Venemaal_asunud_Eesti_seltside_dokumendid, lk 19
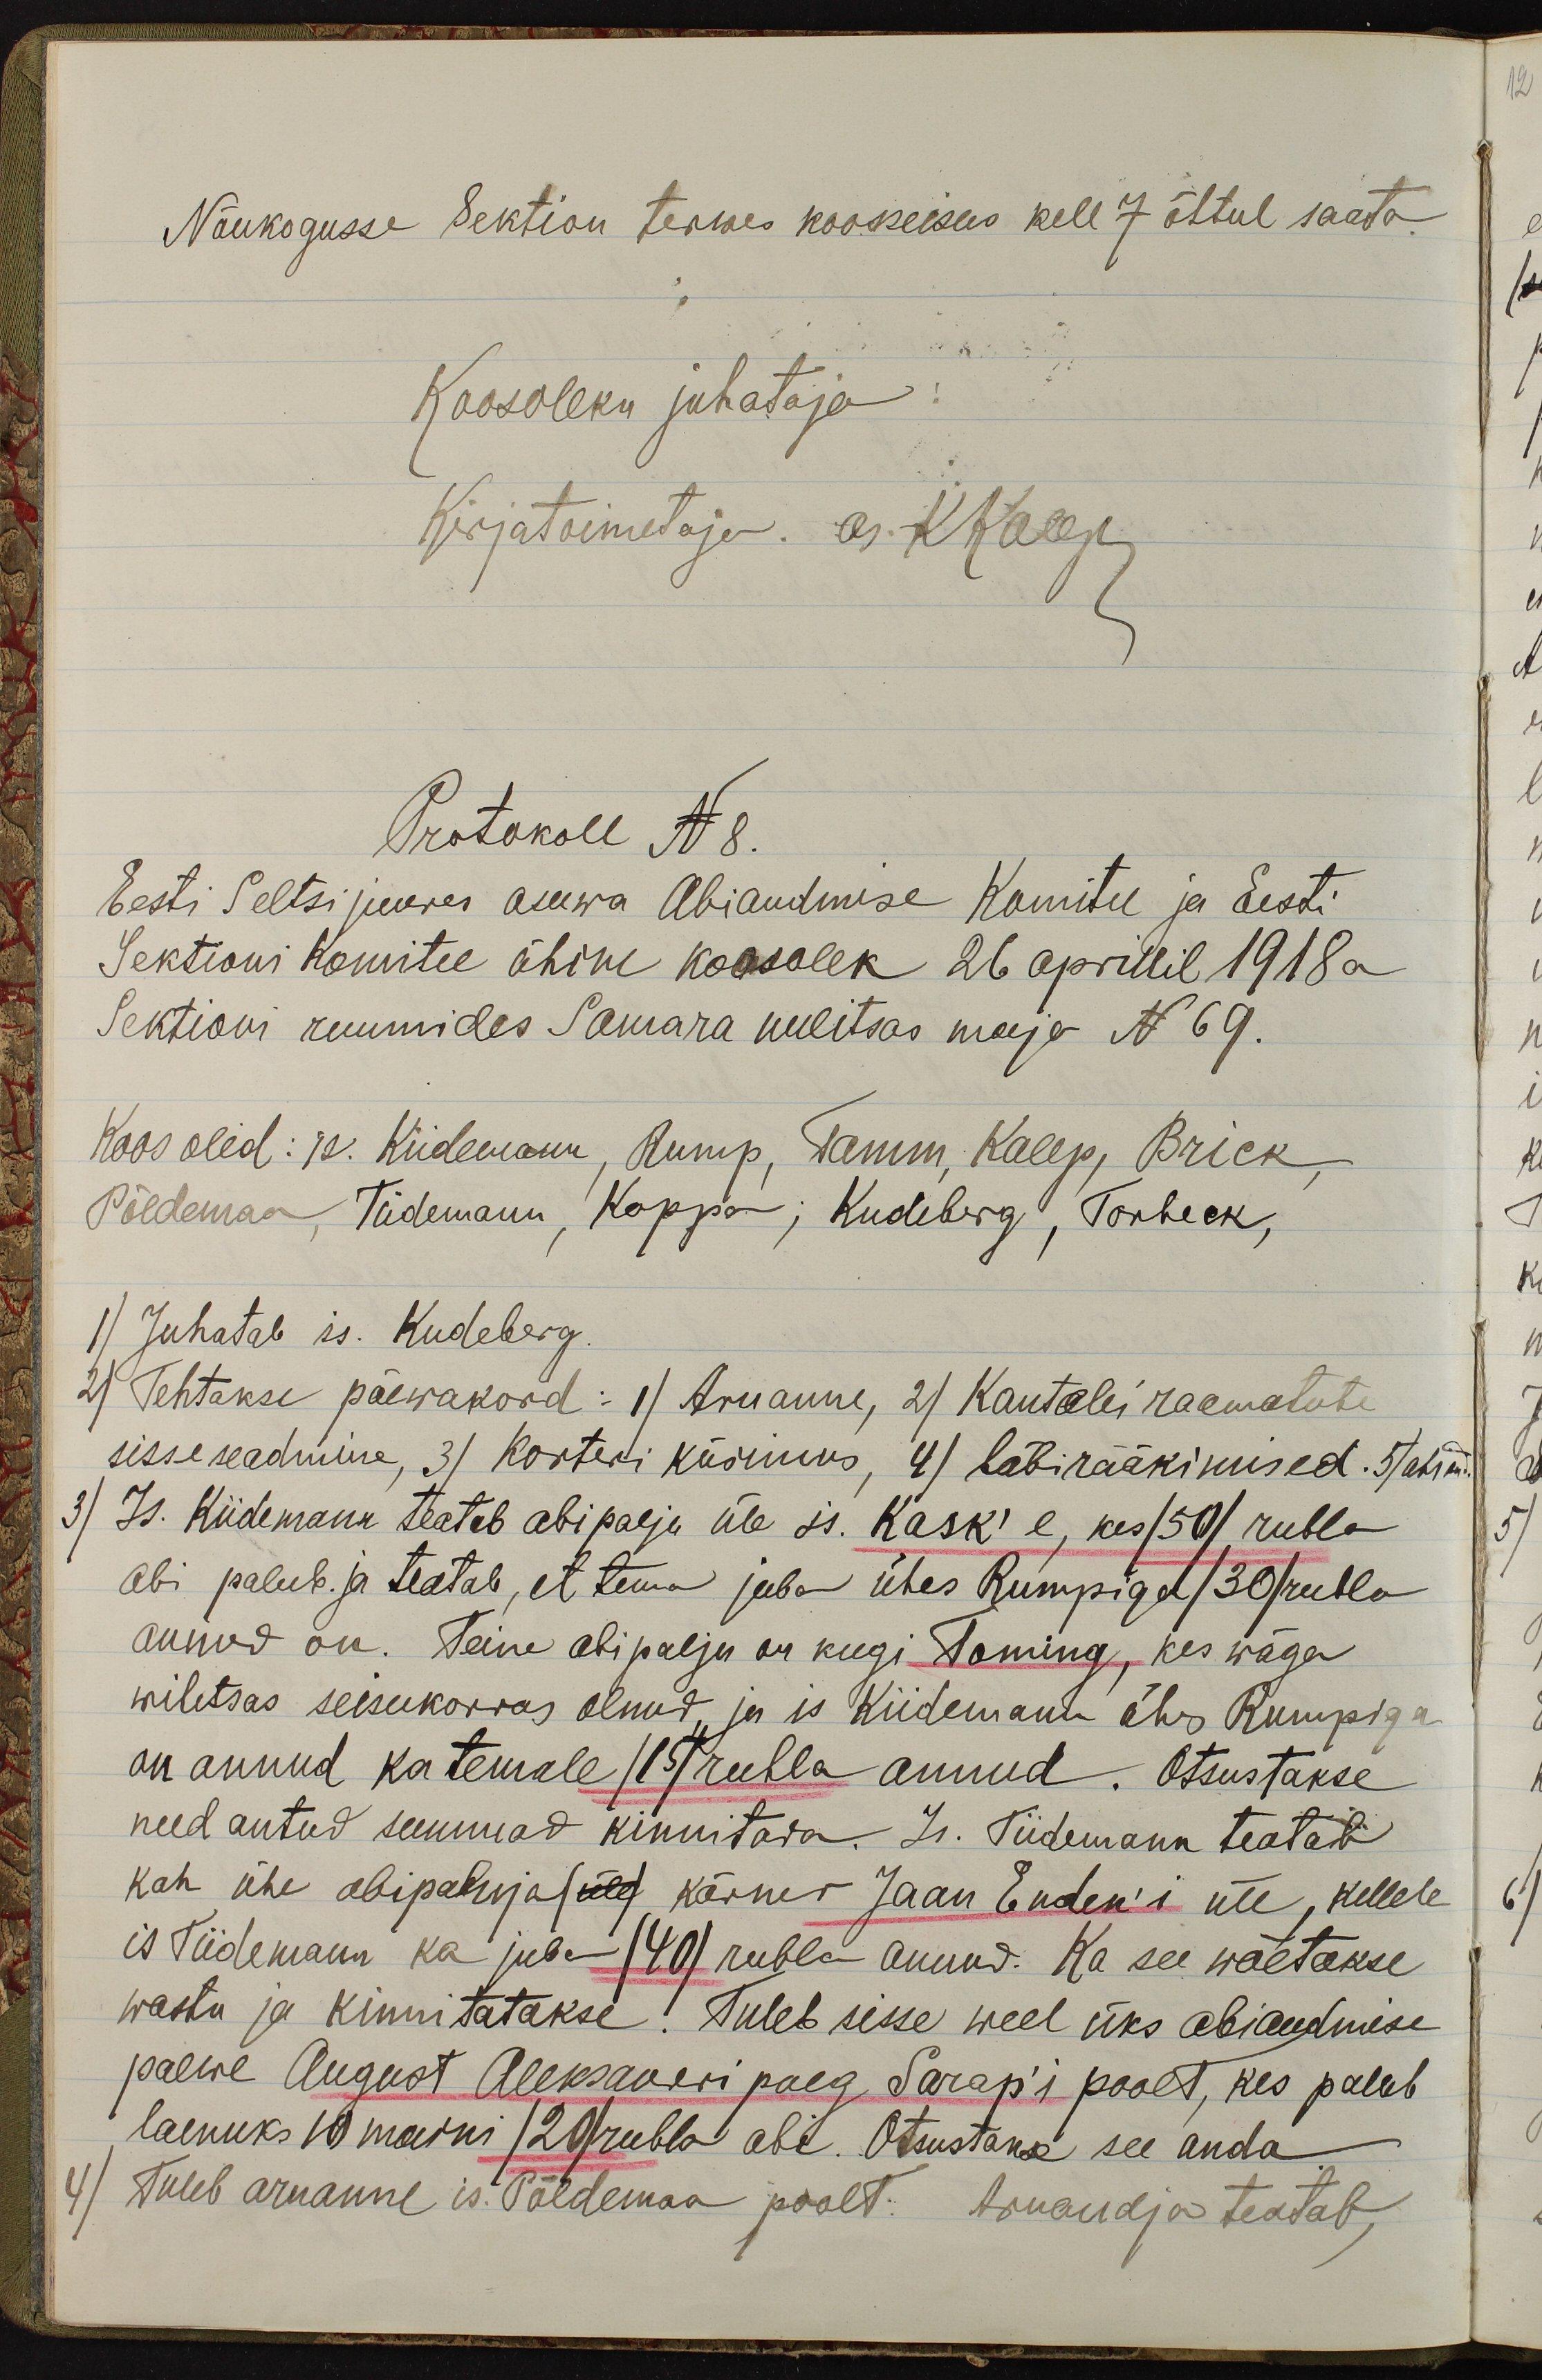
Nõukogusse Sektion terwes kooseisus kell 7 õhtul saata.
Koosoleku juhataja.
Kirjatoimetaja. Es Khalep
Protokoll N 8.
Eesti Seltsi juures asuwa abiandmise Komitee ja Eesti
Sektsioni Komitee ühine koosolek 26 aprillil 1918 a.
Sektioni ruumides Samara uulitsas maja N 69.
Koos olid: Is. Kiidemann, Rump, Tamm, Kalep, Brick,
Põldemaa, Tiidemann, Koppa, Kudeberg, Torbeck,
1) Juhatab is. Kudeberg.
2) Tehtakse päewakord: 1) Aruanne, 2) Kantselei raamatute
sisse seadmine, 3) Korteri küsimus, 4) läbirääkimised. 5) abiand.
3) Is. Kiidemann teatab abi palju üle is. Kask' e, kes /50/ rubla
abi palub. ja teatab, et tema juba ühes Rumpiga /30/ rubla
annud on. Teine abipalju on keegi Toming, kes wäga
wiletsas seisukorras olnud, ja is kiidemann ühes Rumpiga
on annud ka temale /15/ rubla annud. Otsustakse
need antud summad kinnitada. Is. Tiidemann teatab
kah ühe abipaluja /üle/ Kärner Jaan Enden'i üle, kellele
is Tiidemann ka juba (40) rubla annud. Ka see wõetakse
wastu ja kinnitatakse. Tuleb sisse weel üks abiandmise
palwe August Aleksanderi poeg Sarap'i poolt, kes palub
laenuks 10 marki /20/ rubla abi. Otsustakse see anda
4) Tuleb aruanne is. Põldemaa poolt: Aruandja teatab,